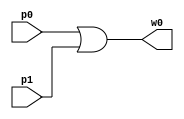


module Comp2p1(w0, p0, p1); // {p0+p1}

input p0, p1;
output w0;

or or_1(w0, p0, p1);

endmodule